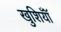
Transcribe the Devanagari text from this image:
खुशियॉँ